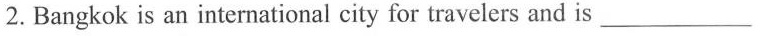
2.Bangkok is an international city for travelers and is ---